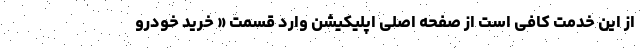
از این خدمت کافی است از صفحه اصلی اپلیکیشن وارد قسمت « خرید خودرو